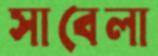
সাবেলা